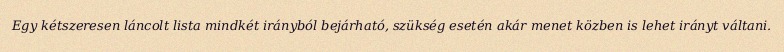
Egy kétszeresen láncolt lista mindkét irányból bejárható, szükség esetén akár menet közben is lehet irányt váltani.